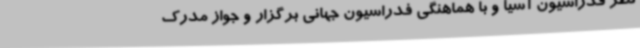
نظر فدراسیون آسیا و با هماهنگی فدراسیون جهانی برگزار و جواز مدرک